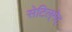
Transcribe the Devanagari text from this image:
सेटिल्‌मेट्